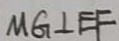
M G \bot E F